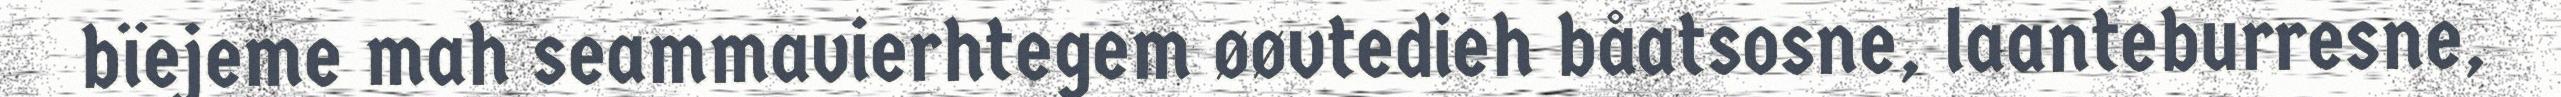
bïejeme mah seammavierhtegem øøvtedieh båatsosne, laanteburresne,